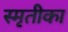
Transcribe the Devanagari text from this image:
स्मृतीका